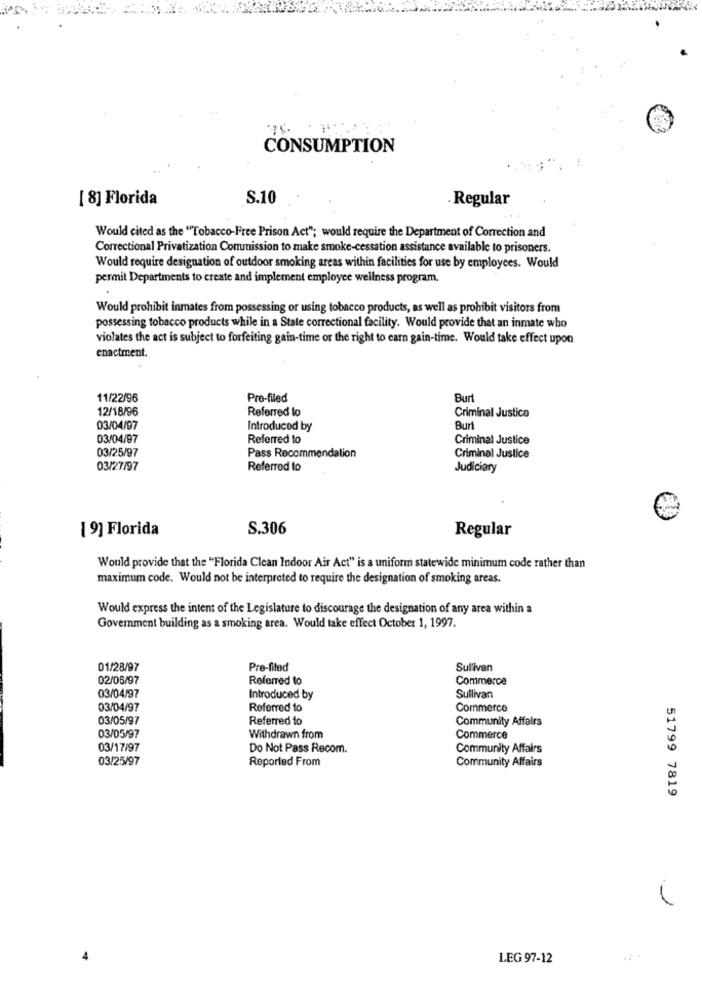
CONSUMPTION
[ 8] Florida
S.10
Regular
Would cited as the ""Tobacco-Free Prison Act"; would require the Department of Correction and
Correctional Privatization Commission to make smoke-cessation assistance available to prisoners.
Would require designation of outdoor smoking areas within facilities for use by employees. Would
permit Departments to create and implement employee wellness program.
Would prohibit inmates from possessing or using tobacco products, as well as prohibit visitors from
possessing tobacco products while in a State correctional facility. Would provide that an inmate who
violates the act is subject to forfeiting gain-time or the right to earn gain-time. Would take effect upon
enactment.
11/22/96
Pre-filed
Bur
12/18/96
Referred to
Criminal Justice
03/04/97
Introduced by
Burt
03/04/97
Referred to
Criminal Justice
03/25/97
Pass Recommendation
Criminal Justice
03/27/97
Referred to
Judiciary
[ 9] Florida
S.306
Regular
Would provide that the "Florida Clean Indoor Air Act" is a uniform statewide minimum code rather than
maximum code. Would not be interpreted to require the designation of smoking areas.
Would express the intent of the Legislature to discourage the designation of any area within a
Government building as a smoking area. Would take effect October 1, 1997.
01/28/97
Pre-filed
Sullivan
02/06/97
Referred to
Commerce
03/04/97
Introduced by
Sullivan
03/04/97
Referred to
Commerce
03/05/97
Referred to
Community Affairs
03/05/97
Withdrawn from
Commerce
03/17/97
Do Not Pass Recom.
Community Affairs
03/25/97
Reported From
Community Affairs
51799 7819
LEG 97-12